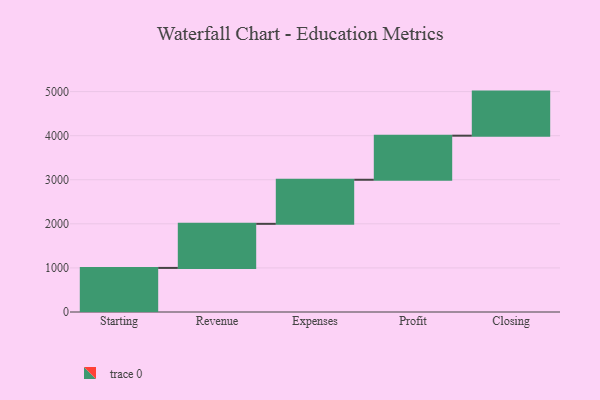
{"axis": {"x": "Step", "y": "Value"}, "legend": [""], "data": [{"x": "Starting", "y": 1000, "type": ""}, {"x": "Revenue", "y": 1000, "type": ""}, {"x": "Expenses", "y": 1000, "type": ""}, {"x": "Profit", "y": 1000, "type": ""}, {"x": "Closing", "y": 1000, "type": ""}]}